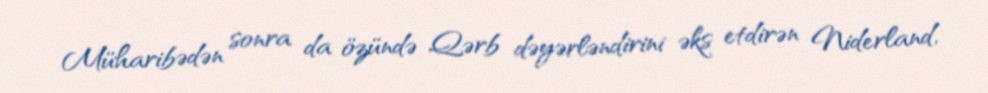
Müharibədən sonra da özündə Qərb dəyərləndirini əks etdirən Niderland,